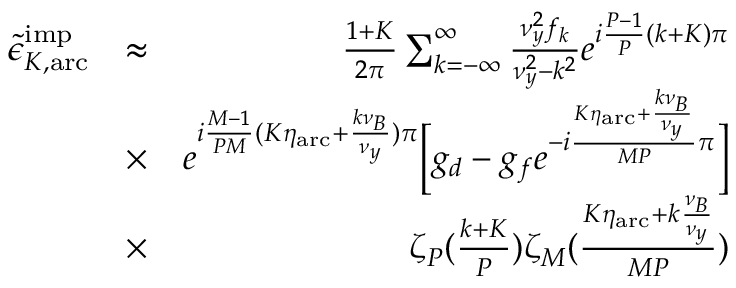
\begin{array} { r l r } { \tilde { \epsilon } _ { K , \mathrm { a r c } } ^ { \mathrm { i m p } } } & { \approx } & { \frac { 1 + K } { 2 \pi } \sum _ { k = - \infty } ^ { \infty } \frac { \nu _ { y } ^ { 2 } f _ { k } } { \nu _ { y } ^ { 2 } - k ^ { 2 } } e ^ { i \frac { P - 1 } { P } ( k + K ) \pi } } \\ & { \times } & { e ^ { i \frac { M - 1 } { P M } ( K \eta _ { \mathrm { a r c } } + \frac { k \nu _ { B } } { \nu _ { y } } ) \pi } \Bigl [ g _ { d } - g _ { f } e ^ { - i \frac { K \eta _ { \mathrm { a r c } } + \frac { k \nu _ { B } } { \nu _ { y } } } { M P } \pi } \Bigr ] } \\ & { \times } & { \zeta _ { P } ( \frac { k + K } { P } ) \zeta _ { M } ( \frac { K \eta _ { \mathrm { a r c } } + k \frac { \nu _ { B } } { \nu _ { y } } } { M P } ) } \end{array}